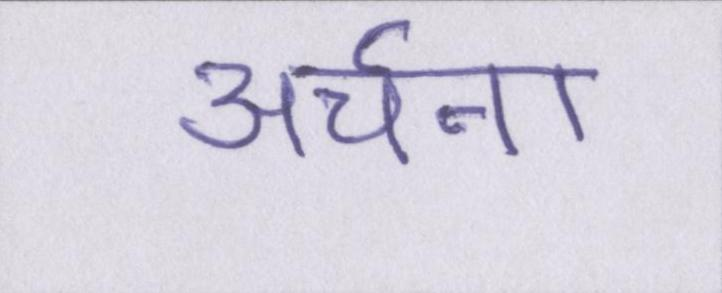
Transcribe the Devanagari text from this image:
अर्चना